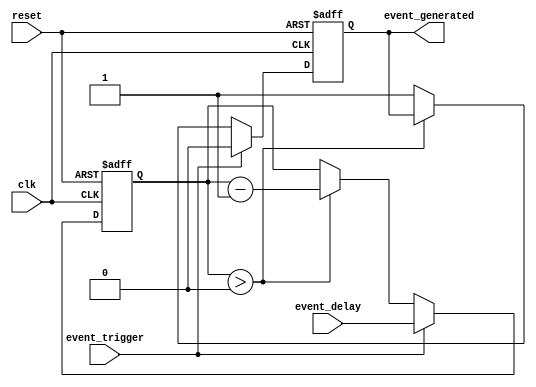
module EventTimer(
    input wire clk,
    input wire reset,
    input wire event_trigger,
    input wire [15:0] event_delay,
    output reg event_generated
);

reg [15:0] counter;

always @(posedge clk or posedge reset) begin
    if (reset) begin
        counter <= 16'd0;
        event_generated <= 1'b0;
    end else begin
        if (event_trigger) begin
            counter <= event_delay;
            event_generated <= 1'b0;
        end else begin
            if (counter > 16'd0) begin
                counter <= counter - 16'd1;
            end else begin
                event_generated <= 1'b1;
            end
        end
    end
end

endmodule